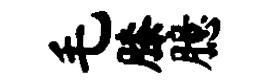
毛膝臆